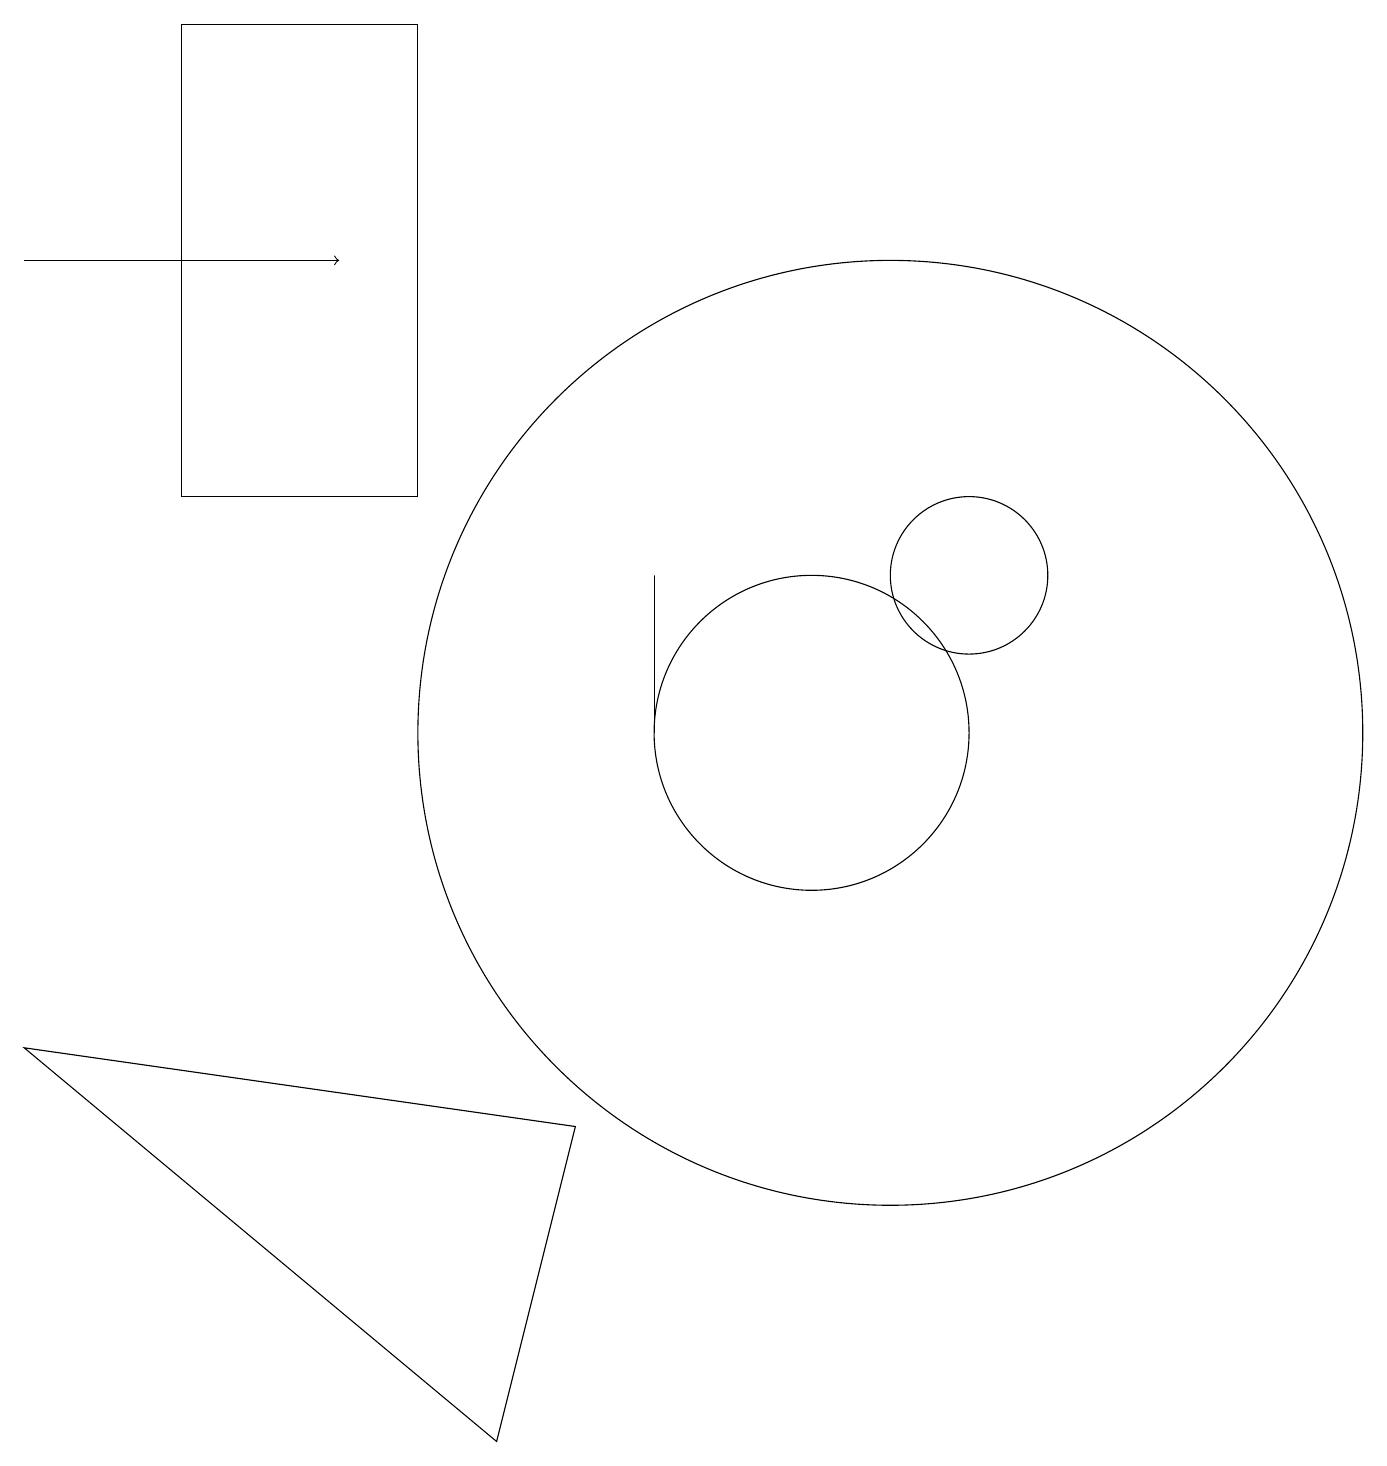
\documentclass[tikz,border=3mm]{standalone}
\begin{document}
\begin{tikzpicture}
\draw (11,10) circle (6);
\draw (8,10) rectangle (8,12);
\draw (10,10) circle (2);
\draw[->] (0,16) -- (4,16);
\draw (12,12) circle (1);
\draw (7,5) -- (6,1) -- (0,6) -- cycle;
\draw (5,13) rectangle (2,19);
\draw (11,11) circle (0);
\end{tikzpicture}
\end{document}